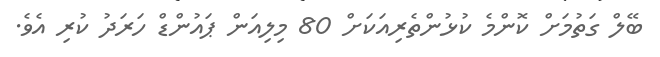
ބޭލް ގަތުމަށް ކޮންމެ ކުޅުންތެރިއަކަށް 80 މިލިއަން ޕައުންޑް ހަރަދު ކުރި އެވެ.